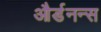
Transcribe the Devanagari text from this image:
और्डनन्स